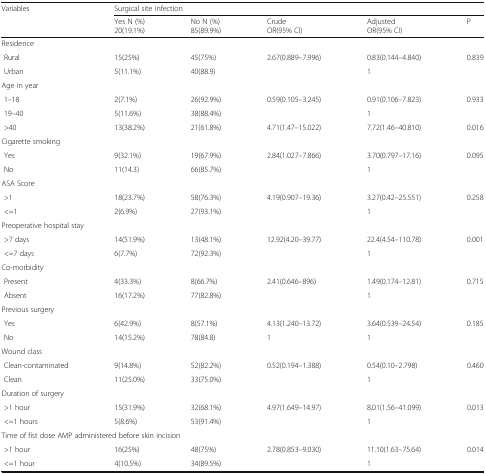
<table><thead><tr><td><b>Variables</b></td><td colspan="5"><b>Surgical site infection</b></td></tr><tr><td></td><td><b>Yes N (%)20(19.1%)</b></td><td><b>No N (%)85(89.9%)</b></td><td><b>CrudeOR(95% CI)</b></td><td><b>AdjustedOR(95% CI)</b></td><td><b>P</b></td></tr></thead><tbody><tr><td colspan="6">Residence</td></tr><tr><td> Rural</td><td>15(25%)</td><td>45(75%)</td><td>2.67(0.889–7.996)</td><td>0.83(0.144–4.840)</td><td>0.839</td></tr><tr><td> Urban</td><td>5(11.1%)</td><td>40(88.9)</td><td></td><td>1</td><td></td></tr><tr><td colspan="6">Age in year</td></tr><tr><td> 1–18</td><td>2(7.1%)</td><td>26(92.9%)</td><td>0.59(0.105–3.245)</td><td>0.91(0.106–7.823)</td><td>0.933</td></tr><tr><td> 19–40</td><td>5(11.6%)</td><td>38(88.4%)</td><td></td><td>1</td><td></td></tr><tr><td> &gt;40</td><td>13(38.2%)</td><td>21(61.8%)</td><td>4.71(1.47–15.022)</td><td>7.72(1.46–40.810)</td><td>0.016</td></tr><tr><td colspan="6">Cigarette smoking</td></tr><tr><td> Yes</td><td>9(32.1%)</td><td>19(67.9%)</td><td>2.84(1.027–7.866)</td><td>3.70(0.797–17.16)</td><td>0.095</td></tr><tr><td> No</td><td>11(14.3)</td><td>66(85.7%)</td><td></td><td>1</td><td></td></tr><tr><td colspan="6">ASA Score</td></tr><tr><td> &gt;1</td><td>18(23.7%)</td><td>58(76.3%)</td><td>4.19(0.907–19.36)</td><td>3.27(0.42–25.551)</td><td>0.258</td></tr><tr><td> &lt;=1</td><td>2(6.9%)</td><td>27(93.1%)</td><td></td><td>1</td><td></td></tr><tr><td colspan="6">Preoperative hospital stay</td></tr><tr><td> &gt;7 days</td><td>14(51.9%)</td><td>13(48.1%)</td><td>12.92(4.20–39.77)</td><td>22.4(4.54–110.78)</td><td>0.001</td></tr><tr><td> &lt;=7 days</td><td>6(7.7%)</td><td>72(92.3%)</td><td></td><td>1</td><td></td></tr><tr><td colspan="6">Co-morbidity</td></tr><tr><td> Present</td><td>4(33.3%)</td><td>8(66.7%)</td><td>2.41(0.646–896)</td><td>1.49(0.174–12.81)</td><td>0.715</td></tr><tr><td> Absent</td><td>16(17.2%)</td><td>77(82.8%)</td><td></td><td>1</td><td></td></tr><tr><td colspan="6">Previous surgery</td></tr><tr><td> Yes</td><td>6(42.9%)</td><td>8(57.1%)</td><td>4.13(1.240–13.72)</td><td>3.64(0.539–24.54)</td><td>0.185</td></tr><tr><td> No</td><td>14(15.2%)</td><td>78(84.8)</td><td>1</td><td>1</td><td></td></tr><tr><td colspan="6">Wound class</td></tr><tr><td> Clean-contaminated</td><td>9(14.8%)</td><td>52(82.2%)</td><td>0.52(0.194–1.388)</td><td>0.54(0.10–2.798)</td><td>0.460</td></tr><tr><td> Clean</td><td>11(25.0%)</td><td>33(75.0%)</td><td></td><td>1</td><td></td></tr><tr><td colspan="6">Duration of surgery</td></tr><tr><td> &gt;1 hour</td><td>15(31.9%)</td><td>32(68.1%)</td><td>4.97(1.649–14.97)</td><td>8.01(1.56–41.099)</td><td>0.013</td></tr><tr><td> &lt;=1 hours</td><td>5(8.6%)</td><td>53(91.4%)</td><td></td><td>1</td><td></td></tr><tr><td colspan="6">Time of fist dose AMP administered before skin incision</td></tr><tr><td> &gt;1 hour</td><td>16(25%)</td><td>48(75%)</td><td>2.78(0.853–9.030)</td><td>11.10(1.63–75.64)</td><td>0.014</td></tr><tr><td> &lt;=1 hour</td><td>4(10.5%)</td><td>34(89.5%)</td><td></td><td>1</td><td></td></tr></tbody></table>